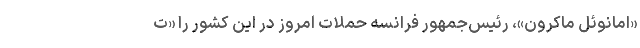
«امانوئل ماکرون»، رئیس‌جمهور فرانسه حملات امروز در این کشور را «ت